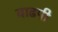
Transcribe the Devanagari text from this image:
वाढपी